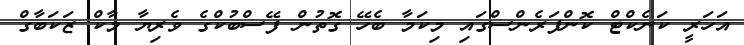
އަހަރީ ކަނެކްޓް ކޮންފަރެންސްގައި މިކަމާ ބެހޭ ގޮތުން ފޭސްބުކްގެ ވެރިޔާ މާކް ޒަކަބާގް